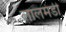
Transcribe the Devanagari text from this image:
लालमंडी